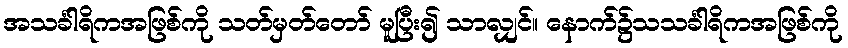
အသင်္ခါရိကအဖြစ်ကို သတ်မှတ်တော် မူပြီး၍ သာလျှင်။ နောက်၌သသင်္ခါရိကအဖြစ်ကို